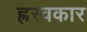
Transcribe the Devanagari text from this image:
ह्रस्वकार